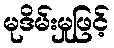
မုဒိမ်းမှုဖြင့်